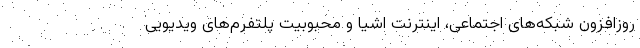
روزافزون شبکه‌های اجتماعی، اینترنت اشیا و محبوبیت پلتفرم‌های ویدیویی